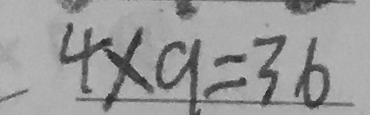
4 \times 9 = 3 6